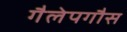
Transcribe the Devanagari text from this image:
गैलेपगौस